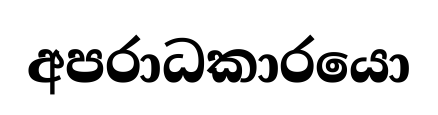
අපරාධකාරයො